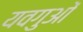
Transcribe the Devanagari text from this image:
यवगुओं